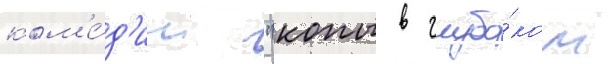
ком'е́д'ии "копы в глубо́ком